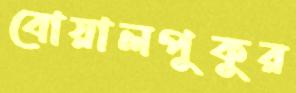
বোয়ালপুকুর